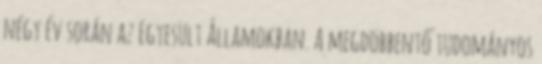
négy év során az Egyesült Államokban. A megdöbbentő tudományos